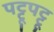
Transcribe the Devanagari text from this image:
पट्टूपट्टू